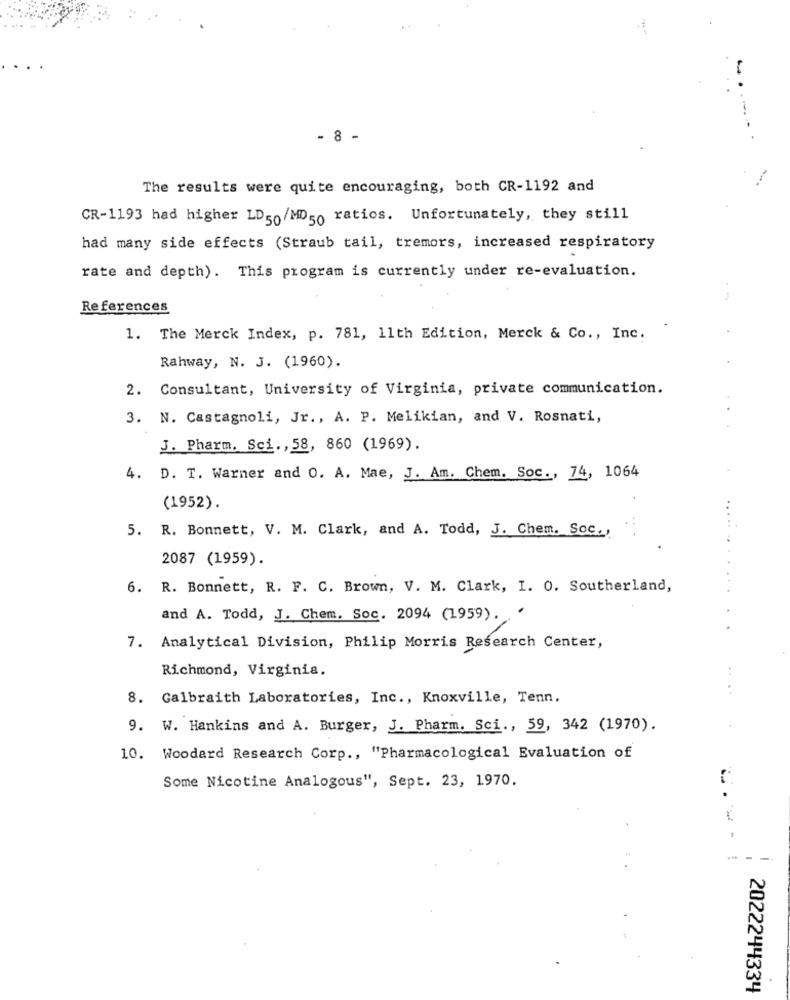
- 8 -
The results were quite encouraging, both CR-1192 and
CR-1193 had higher LD50/MD50 ratios. Unfortunately, they still
had many side effects (Straub tail, tremors, increased respiratory
rate and depth). This program is currently under re-evaluation.
References
1. The Merck Index, p. 781, 11th Edition, Merck & Co ., Inc.
Rahway, N. J. (1960).
2. Consultant, University of Virginia, private communication.
3. N. Castagnoli, Jr ., A. P. Melikian, and V. Rosnati,
J. Pharm. Sci ., 58, 860 (1969).
4. D. T. Warner and O. A. Mae, J. Am. Chem. Soc ., 74, 1064
(1952).
5. R. Bonnett, V. M. Clark, and A. Todd, J. Chem. Soc .,
2087 (1959).
6. R. Bonnett, R. F. C. Brown, V. M. Clark, I. O. Southerland,
and A. Todd, J. Chem. Soc. 2094 (1959). '
7. Analytical Division, Philip Morris Research Center,
Richmond, Virginia.
8. Galbraith Laboratories, Inc ., Knoxville, Tenn.
9. W. Hankins and A. Burger, J. Pharm. Sci ., 59, 342 (1970).
10. Woodard Research Corp ., "Pharmacological Evaluation of
Some Nicotine Analogous", Sept. 23, 1970.
-
2022244334